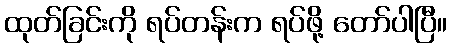
ထုတ်ခြင်းကို ရပ်တန်းက ရပ်ဖို့ တော်ပါပြီ။